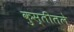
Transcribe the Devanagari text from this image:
कुस्तीतले